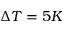
\Delta T = 5 K